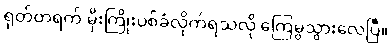
ရုတ်တရက် မိုးကြိုးပစ်ခံလိုက်ရသလို ကြေမွသွားလေပြီ။